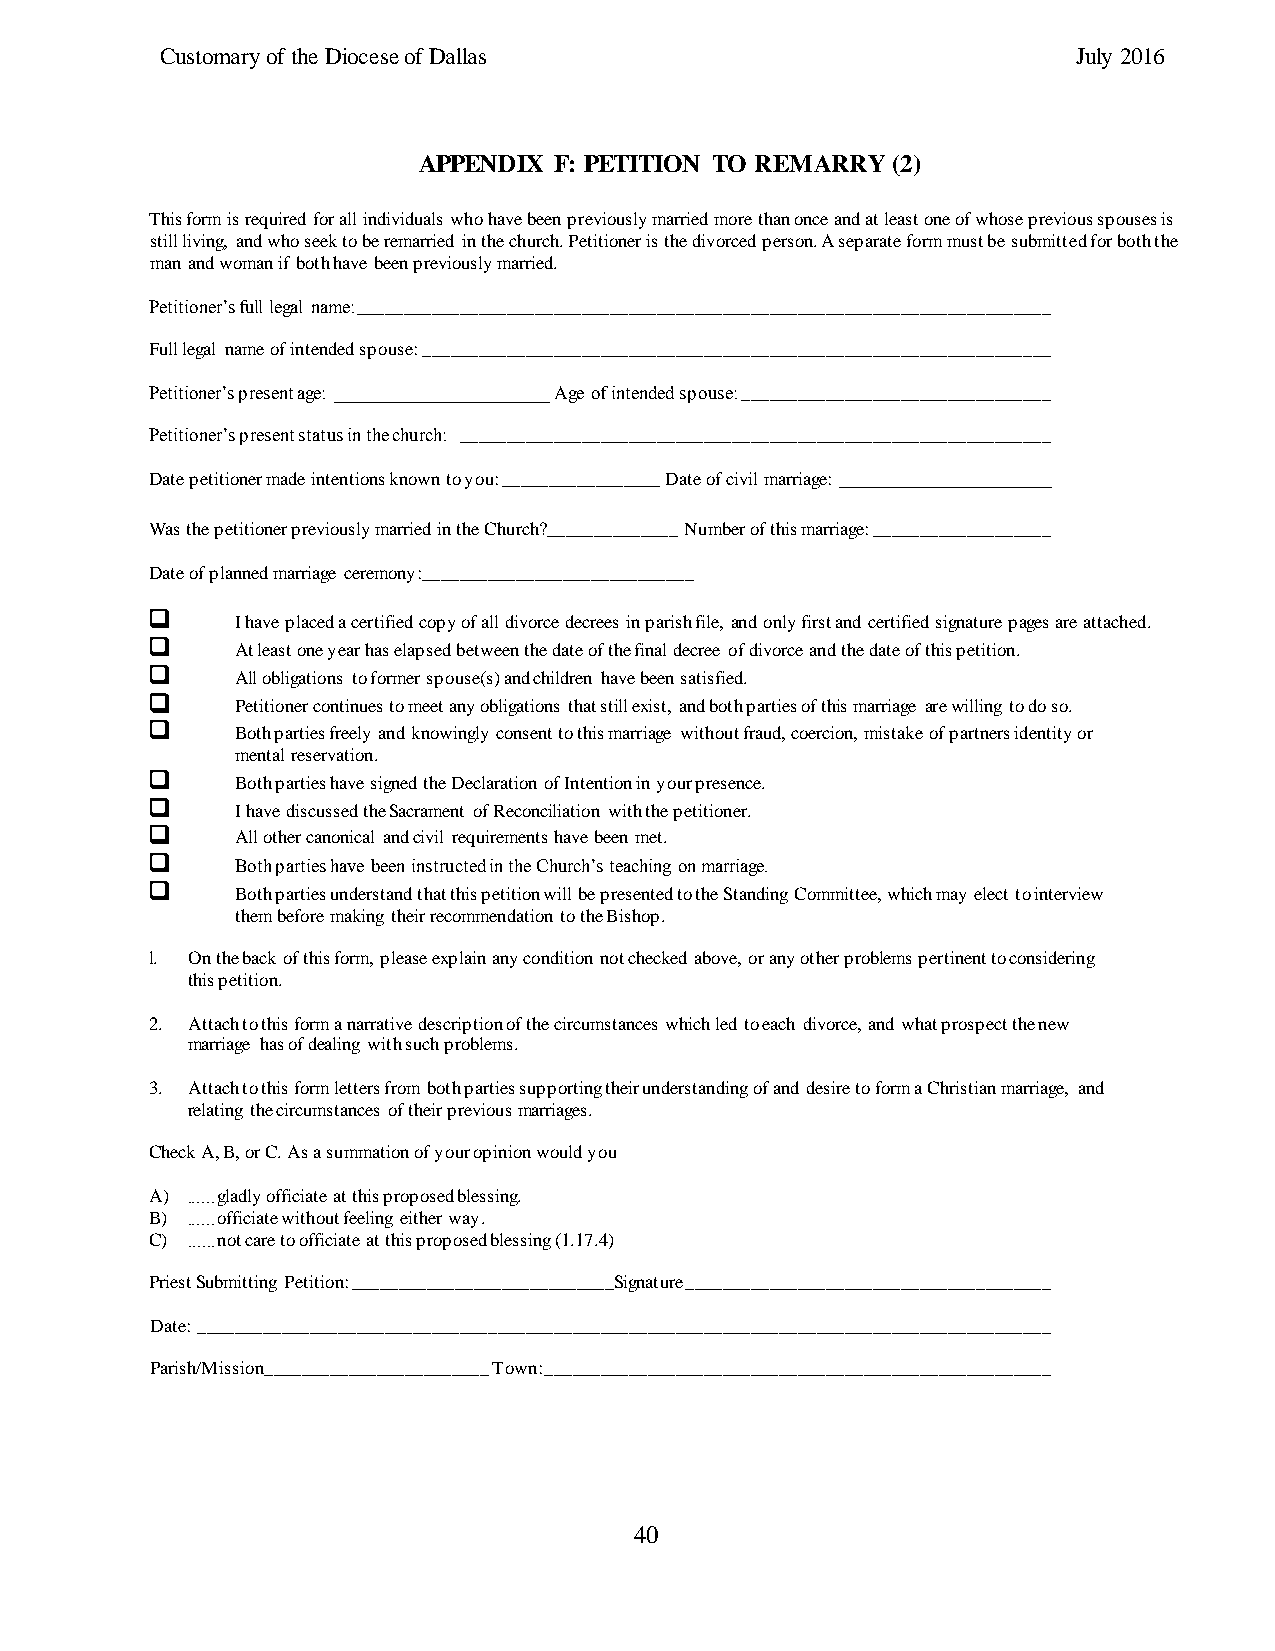
Customary of the Diocese of Dallas                          July 2016
 APPENDIX F: PETITION TO REMARRY (2)
 This form is required for all individuals who have been previously married more than once and at least one of whose previous spouses is
 still living, and who seek to be remarried in the church. Petitioner is the divorced person. A separate form must be submitted for both the
 man and woman if both have been previously married.
 Petitioner’s full legal name: __________________________________________________________________________
 Full legal name of intended spouse: ___________________________________________________________________
 Petitioner’s present age: _______________________ Age of intended spouse: _________________________________
 Petitioner’s present status in the church: _______________________________________________________________
 Date petitioner made intentions known to you: _________________ Date of civil marriage: _________________
 Was the petitioner previously married in the Church?______________ Number of this marriage: ___________________
 Date of planned marriage ceremony:_____________________________
      I have placed a certified copy of all divorce decrees in parish file, and only first and certified signature pages are attached.
      At least one year has elapsed between the date of the final decree of divorce and the date of this petition.
      All obligations to former spouse(s) and children have been satisfied.
      Petitioner continues to meet any obligations that still exist, and both parties of this marriage are willing to do so.
      Both parties freely and knowingly consent to this marriage without fraud, coercion, mistake of partners identity or
 mental reservation.
      Both parties have signed the Declaration of Intention in your presence.
      I have discussed the Sacrament of Reconciliation with the petitioner.
      All other canonical and civil requirements have been met.
      Both parties have been instructed in the Church’s teaching on marriage.
      Both parties understand that this petition will be presented to the Standing Committee, which may elect to interview
 them before making their recommendation to the Bishop.
 l. On the back of this form, please explain any condition not checked above, or any other problems pertinent to considering
 this petition.
 2. Attach to this form a narrative description of the circumstances which led to each divorce, and what prospect the new
 marriage has of dealing with such problems.
 3. Attach to this form letters from both parties supporting their understanding of and desire to form a Christian marriage, and
 relating the circumstances of their previous marriages.
 Check A, B, or C. As a summation of your opinion would you
 A)  gladly officiate at this proposed blessing.
 ______
 B)  officiate without feeling either way.
 ______
 C)  not care to officiate at this proposed blessing (1.17.4)
 ______
 Priest Submitting Petition: ____________________________Signature _______________________________________
 Date: ___________________________________________________________________________________________
 Parish/Mission________________________ Town: ______________________________________________________
 40